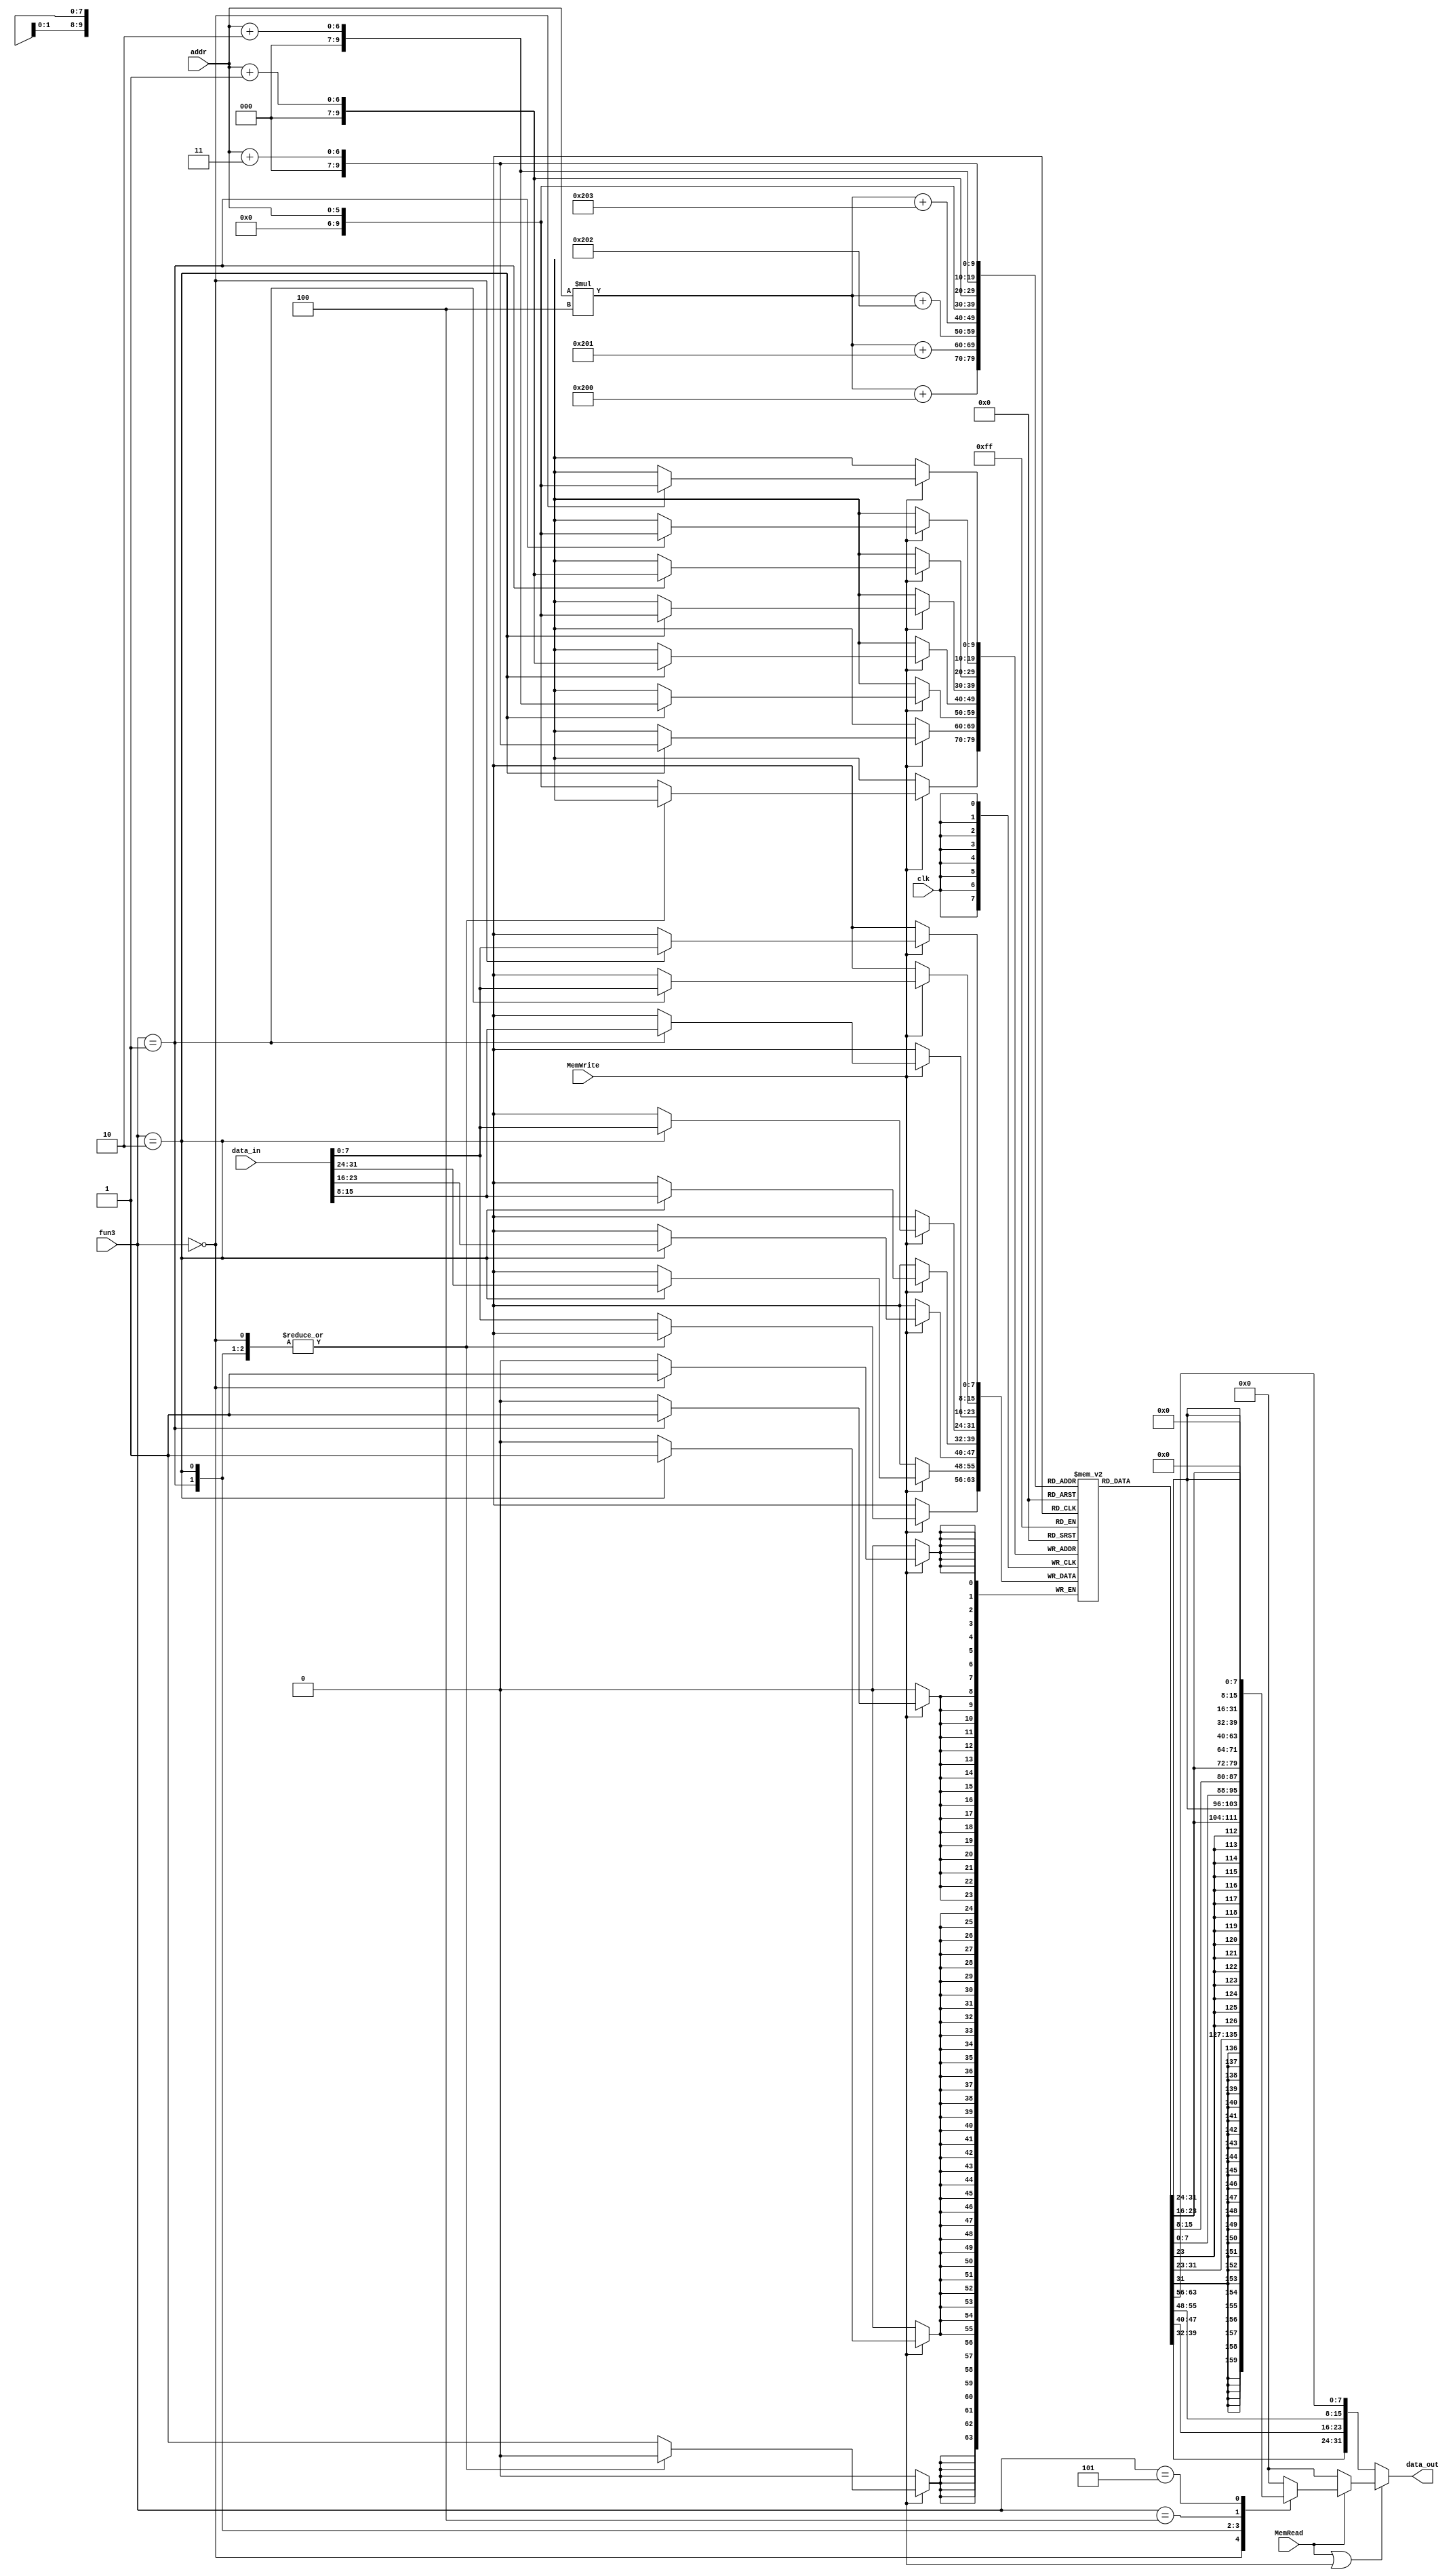
`timescale 1ns / 1ps
//////////////////////////////////////////////////////////////////////////////////
// Company: 
// Engineer: 
// 
// Design Name: 
// Module Name: Memory
// Project Name: 
// Target Devices: 
// Tool Versions: 
// Description: 
// 
// Dependencies: 
// 
// Revision:
// Revision 0.01 - File Created
// Additional Comments:
// 
//////////////////////////////////////////////////////////////////////////////////


module Memory(input clk, input MemRead, input MemWrite, 
input [2:0] fun3, input [5:0] addr, input [31:0] data_in, output reg [31:0] data_out);

 reg [7:0] mem [0:1023]; //each is 512 bytes
    
    always@(*) begin
        if(!(MemRead || MemWrite)) begin //fetching instruction
            data_out = {mem[(addr*4)+515],mem[(addr*4)+514],mem[(addr*4)+513],mem[(addr*4)+512]};
        end else begin
            if(MemRead)
                case(fun3) // reading  Data
                3'b000:data_out= {{24{mem[addr][7]}}, mem[addr]};      //LB
                3'b001:data_out={{16{mem[addr+1][7]}},mem[addr+1],mem[addr]};      //LH
                3'b010:data_out={mem[addr+3],mem[addr+2],mem[addr+1],mem[addr]};      //LW
                3'b100:data_out= {24'b0, mem[addr]};    //LBU
                3'b101:data_out={16'b0, mem[addr+1],mem[addr]};      //LHU
                default:data_out=0;
                endcase
            else data_out = 0; // dont read
        end
    end
    
    
    always@(posedge clk) begin
            if(MemWrite) begin
                case(fun3)
                        3'b000: mem[addr]<=data_in[7:0]; //SB
                        3'b001:   {mem[addr+1],mem[addr]}<=data_in[15:0]; //SH
                        3'b010:   {mem[addr+3],mem[addr+2],mem[addr+1],mem[addr]}<=data_in;   //SW
                        default: mem[addr]<=data_in[7:0]; 
                 endcase
              end
                           
           end
           
           
    initial begin 

// // # Load operations
// mem[512] = 32'b00000000000000000010111000110111; // LUI x28, 2
// mem[513] = 32'b00000000000000000010111000010111; // AUIPC x28, 2
// mem[514] = 32'b00000000000000000010000010000011; // LW x1, 0(x0)
// mem[515] = 32'b00000000000000000001000100000011; // LH x2, 4(x0)
// mem[516] = 32'b00000000000000000000000110000011; // LB x3, 0(x0)
// mem[517] = 32'b00000000000000000100001000000011; // LBU x4, 0(x0)
// mem[518] = 32'b00000000000000000101001010000011; // LHU x5, 0(x0)

// //Arithmetic operations
// mem[519] = 32'b00000000001000001000001100110011; // ADD x6, x1, x2
// mem[520] = 32'b01000000001000001000001110110011; // SUB x7, x1, x2
// mem[521] = 32'b00000000001000001100010000110011; // XOR x8, x1, x2
// mem[522] = 32'b00000000001000001110010010110011; //  OR x9, x1, x2
// mem[523] = 32'b00000000001000001111010100110011; //AND x10, x1, x2

// // # Immediate operations
// mem[524] = 32'b00000000010000001000010110010011; // ADDI x11, x1, 4
// mem[525] = 32'b00000000010000001100011000010011; // XORI x12, x1, 4
// mem[526] = 32'b00000000010000001110011010010011; //  ORI x13, x1, 4
// mem[527] = 32'b00000000010000001111011100010011; // ANDI x14, x1, 4
// mem[528] = 32'b00000000010000001010011110010011; // SLTI x15, x1, 4
// mem[529] = 32'b00000000010000001011100000010011; //SLTIU x16, x1, 4

// // Shift operations
// mem[530] = 32'b00000000001000001101100010110011; // SRL x17, x1, x2
// mem[531] = 32'b01000000001000001101100100110011; // SRA x18, x1, x2
// mem[532] = 32'b01000000000100001101100110010011; // SRAI x19, x1, 1
// mem[533] = 32'b00000000001000001001101000110011; // SLL x20, x1, x2
// mem[534] = 32'b00000000000100001001101010010011; // SLLI x21, x1, 1
// mem[535] = 32'b00000000000100001101101100010011; // SRLI x22, x1, 1

// // # Set less than operations
// mem[536] = 32'b00000000001000001010101110110011; // SLT x23, x1, x2
// mem[537] = 32'b00000000001000001011110000110011; // SLTU x24, x1, x2

// // # Store operations
// mem[538] = 32'b00000000000100000010000000100011; // SW x1, 0(x0)
// mem[539] = 32'b00000000000100000000000000100011; // SB x1, 0(x0)
// mem[540] = 32'b00000000000100000001000000100011; // SH x1, 0(x0)

// // # Branch operations
// mem[541] = 32'b00000000000000000000001001100011; // BEQ x0, x0, 4
// mem[542] = 32'b00000000000111111000111110010011; // increment x31
// mem[543] = 32'b00000000001000001001001001100011; // BNE x1, x2, 4
// mem[544] = 32'b00000000000111111000111110010011; // increment x31
// mem[545] = 32'b00000000010000011100001001100011; // BLT x3, x4, 4
// mem[546] = 32'b00000000000111111000111110010011; // increment x31
// mem[547] = 32'b00000000011000101101001001100011; // BGE x5, x6, 4
// mem[548] = 32'b00000000000111111000111110010011; // increment x31
// mem[549] = 32'b00000000100000111110001001100011; // BLTU x7, x8,4
// mem[550] = 32'b00000000000111111000111110010011; //increment  x31
// mem[551] = 32'b00000000101001001111001001100011; //BGEU x9, x10 4
// mem[552] = 32'b00000000000111111000111110010011; // increment x31

// // # Jump operations
// mem[553] = 32'b00000000010000000000111011101111; // JAL x29, 4
// mem[554] = 32'b00000000000000000000111101100111; // JALR x30, 0(x0)

// // # Fence operation,Environment call and break
// mem[555] = 32'b00001111111100000000000000001111; // FENCE
// mem[556] = 32'b00000000000100000000000001110011; // EBREAK
// mem[557] = 32'b00000000000000000000000001110011; // ECALL
















//----------------------------------------------Arithmetic------------------------------------------------
    // {mem[515],mem[514],mem[513],mem[512]} = 32'b000000000000_00000_000_00001_0000011; // lb x1, 0(x0)
    // {mem[519],mem[518],mem[517],mem[516]} = 32'b000000000001_00000_000_00010_0000011; // lb x2, 1(x0)
    // {mem[523],mem[522],mem[521],mem[520]} = 32'b000000000010_00000_000_00011_0000011; // lb x3, 2(x0)
    // {mem[527],mem[526],mem[525],mem[524]} = 32'b00000000001000001000001100110011; // ADD x6, x1, x2
    // {mem[531],mem[530],mem[529],mem[528]} = 32'b00000000001000001000001100110011; // ADD x6, x1, x2
    // {mem[535],mem[534],mem[533],mem[532]} = 32'b01000000001000001000001110110011; // SUB x7, x1, x2
    // {mem[539],mem[538],mem[537],mem[536]} = 32'b00000000001000001100010000110011; // XOR x8, x1, x2
    // {mem[543],mem[542],mem[541],mem[540]} = 32'b00000000001000001110010010110011; //  OR x9, x1, x2
    // {mem[547],mem[546],mem[545],mem[544]} = 32'b00000000001000001111010100110011; //AND x10, x1, x2
    // // {mem[551],mem[550],mem[549],mem[548]} = 32'b
    // // {mem[555],mem[554],mem[553],mem[552]} = 32'b
    // // {mem[559],mem[558],mem[557],mem[556]} = 32'b


//----------------------------------------------Immediate------------------------------------------------
    // {mem[515],mem[514],mem[513],mem[512]} = 32'b000000000000_00000_000_00001_0000011; // lb x1, 0(x0)
    // {mem[519],mem[518],mem[517],mem[516]} = 32'b00000000010000001000010110010011; // ADDI x11, x1, 4
    // {mem[523],mem[522],mem[521],mem[520]} = 32'b00000000010000001100011000010011; // XORI x12, x1, 4
    // {mem[527],mem[526],mem[525],mem[524]} = 32'b00000000010000001110011010010011; //  ORI x13, x1, 4
    // {mem[531],mem[530],mem[529],mem[528]} = 32'b00000000010000001111011100010011; // ANDI x14, x1, 4
    // {mem[535],mem[534],mem[533],mem[532]} = 32'b00000000010000001010011110010011; // SLTI x15, x1, 4
    // {mem[539],mem[538],mem[537],mem[536]} = 32'b00000000010000001011100000010011; //SLTIU x16, x1, 4
    // // {mem[543],mem[542],mem[541],mem[540]} = 
    // // {mem[547],mem[546],mem[545],mem[544]} = 
    // // {mem[551],mem[550],mem[549],mem[548]} = 32'b
    // // {mem[555],mem[554],mem[553],mem[552]} = 32'b
    // // {mem[559],mem[558],mem[557],mem[556]} = 32'b

//----------------------------------------------SHIFT------------------------------------------------


    // {mem[515],mem[514],mem[513],mem[512]} = 32'b000000000000_00000_000_00001_0000011; // lb x1, 0(x0)
    // {mem[519],mem[518],mem[517],mem[516]} = 32'b000000000001_00000_000_00010_0000011; // lb x2, 1(x0)
    // {mem[523],mem[522],mem[521],mem[520]} = 32'b00000000001000001101100010110011; // SRL x17, x1, x2
    // {mem[527],mem[526],mem[525],mem[524]} = 32'b01000000001000001101100100110011; // SRA x18, x1, x2
    // {mem[531],mem[530],mem[529],mem[528]} = 32'b01000000000100001101100110010011; // SRAI x19, x1, 1
    // {mem[535],mem[534],mem[533],mem[532]} = 32'b00000000001000001001101000110011; // SLL x20, x1, x2
    // {mem[539],mem[538],mem[537],mem[536]} = 32'b00000000000100001001101010010011; // SLLI x21, x1, 1
    // {mem[543],mem[542],mem[541],mem[540]} = 32'b00000000000100001101101100010011; // SRLI x22, x1, 1

//------------------------------------------Branching-------------------------------------------------

    // {mem[515],mem[514],mem[513],mem[512]} = 32'b000000000000_00000_000_00001_0000011; // lb x1, 0(x0)
    // {mem[519],mem[518],mem[517],mem[516]} = 32'b000000000001_00000_000_00010_0000011; // lb x2, 1(x0)
    // {mem[523],mem[522],mem[521],mem[520]} = 32'b00000000000000000000001001100011; // BEQ x0, x0, 4
    // {mem[527],mem[526],mem[525],mem[524]} = 32'b00000000000111111000111110010011; // increment x31
    // {mem[531],mem[530],mem[529],mem[528]} = 32'b00000000001000001001001001100011; // BNE x1, x2, 4
    // {mem[535],mem[534],mem[533],mem[532]} = 32'b00000000000111111000111110010011; // increment x31
    // {mem[539],mem[538],mem[537],mem[536]} = 32'b00000000001000001100001001100011; // BLT x1, x2, 4
    // {mem[543],mem[542],mem[541],mem[540]} = 32'b00000000000111111000111110010011; // increment x31
    // {mem[547],mem[546],mem[545],mem[544]} = 32'b00000000001000001101001001100011; // BGE x1, x2, 4
    // {mem[551],mem[550],mem[549],mem[548]} = 32'b00000000000111111000111110010011; // increment x31
    // {mem[555],mem[554],mem[553],mem[552]} = 32'b00000000001000001110001001100011; // BLTU x1, x2,4
    // {mem[559],mem[558],mem[557],mem[556]} = 32'b00000000000111111000111110010011; // increment x31
    // {mem[563],mem[562],mem[561],mem[560]} = 32'b00000000001000001111001001100011; // BGEU x1, x2 4
    // {mem[567],mem[566],mem[565],mem[564]} = 32'b00000000000111111000111110010011; // increment x31


//----------------------------------------Testing------------------------------------------



    {mem[515],mem[514],mem[513],mem[512]} = 32'b000000000000_00000_000_00001_0000011; // lb x1, 0(x0)
    {mem[519],mem[518],mem[517],mem[516]} =32'b00000000000000000000000001110011; // ECALL











    
//    {mem[515],mem[514],mem[513],mem[512]}=32'b000000000000_00000_010_00001_0000011; // lw x1, 0(x0)
//    {mem[519],mem[518],mem[517],mem[516]}=32'b000000000100_00000_010_00010_0000011; // lw x2, 4(x0)
//    {mem[523],mem[522],mem[521],mem[520]}=32'b000000001000_00000_010_00011_0000011; // lw x3, 8(x0)
//   {mem[527],mem[526],mem[525],mem[524]}=32'b0000000_00010_00011_000_00101_0110011; // add x5, x3, x2=25
//    {mem[531],mem[530],mem[529],mem[528]} = 32'b0000000_00101_00000_010_01100_0100011; // sw x5, 12(x0)
//    {mem[535],mem[534],mem[533],mem[532]}= 32'b000000001100_00000_010_00110_0000011; // lw x6, 12(x0)
//    {mem[539],mem[538],mem[537],mem[536]}= 32'b0000000_00001_00110_111_00111_0110011; // and x7, x6, x1
    
    end
    
    
    initial begin
//    {mem[3],mem[2],mem[1],mem[0]}=32'd11;
//    {mem[7],mem[6],mem[5],mem[4]}=32'd12;
//    {mem[11],mem[10],mem[9],mem[8]}=32'd13;
mem[0]=2;
mem[1]=3;
mem[2]=5;



// //comprehensive test
// mem[0]=8'd5;
// mem[1]=8'd0;
// mem[2]=8'd0;
// mem[3]=8'd0;

// mem[4]=8'd2;
// mem[5]=8'd0;
// mem[6]=8'd0;
// mem[7]=8'd0;

// mem[8]=8'd3;
// mem[9]=8'd0;
// mem[10]=8'd0;
// mem[11]=8'd0;

// mem[12]=8'd12;
// mem[13]=8'd13;
// mem[14]=8'd14;
// mem[15]=8'd15;
// mem[16]=8'd16;
// mem[17]=8'd17;
// mem[18]=8'd18;
// mem[19]=8'd19;
// mem[20]=8'd20;
// mem[21]=8'd21;
// mem[22]=8'd22;
// mem[23]=8'd23;
// mem[24]=8'd24;
// mem[25]=8'd25;
// mem[26]=8'd26;
// mem[27]=8'd27;
// mem[28]=8'd28;
// mem[29]=8'd29;
// mem[30]=8'd30;
// mem[31]=8'd31;
// mem[32]=8'd32;
// mem[33]=8'd33;
// mem[34]=8'd34;
// mem[35]=8'd35;
// mem[36]=8'd36;
// mem[37]=8'd37;
// mem[38]=8'd38;
// mem[39]=8'd39;
// mem[40]=8'd40;
// mem[41]=8'd41;
// mem[42]=8'd42;
// mem[43]=8'd43;
// mem[44]=8'd44;
// mem[45]=8'd45;
// mem[46]=8'd46;
// mem[47]=8'd47;
// mem[48]=8'd48;
// mem[49]=8'd49;
// mem[50]=8'd50;
// mem[51]=8'd51;
// mem[52]=8'd52;
// mem[53]=8'd53;
// mem[54]=8'd54;
// mem[55]=8'd55;
// mem[56]=8'd56;
// mem[57]=8'd57;
// mem[58]=8'd58;
// mem[59]=8'd59;
// mem[60]=8'd60;
// mem[61]=8'd61;
// mem[62]=8'd62;
// mem[63]=8'd63;

    end
   
   
endmodule